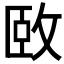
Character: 𫾱